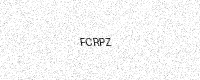
Text: FCRPZ